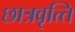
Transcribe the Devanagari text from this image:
छात्रवृत्‍ति